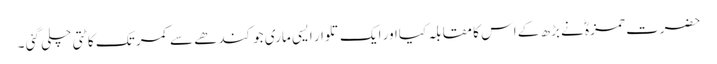
حضرت حمزہؓ نے بڑھ کے اس کا مقابلہ کیااور ایک تلوار ایسی ماری جو کندھے سے کمر تک کاٹتی چلی گئی ۔